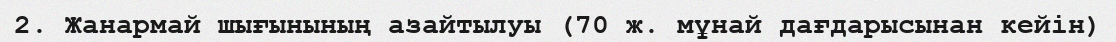
2. Жанармай шығынының азайтылуы (70 ж. мұнай дағдарысынан кейін)